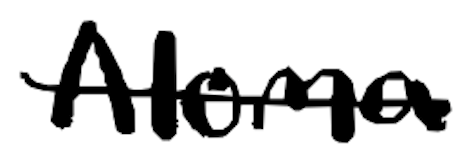
Text: Aloma
Cross-out: single-line
Writing tool: digital_black